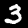
Label: 3